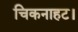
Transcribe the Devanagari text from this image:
चिकनाहट।